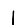
Digit: 1